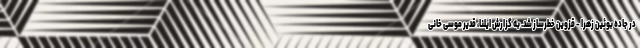
در جاده بوئین زهرا - قزوین خطرساز شد. به گزارش ایلنا، قدیر موسی خانی